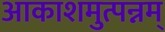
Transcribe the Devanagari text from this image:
आकाशमुत्पन्नम्‌